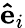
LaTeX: \mathbf{\hat{e}}_{i}